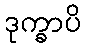
ဒုက္ခာပိ